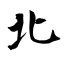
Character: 北